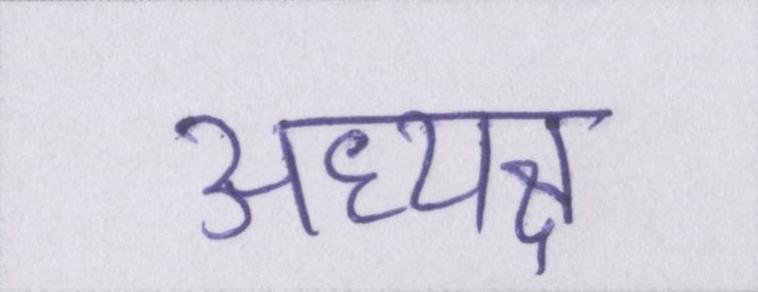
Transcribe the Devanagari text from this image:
अध्यक्ष